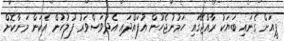
ޕީއަށް ގެނައި ބަޔަކު ރާއްޖޭގައި ހަމުނުޖެހުން އުފައްދައި އެދުވަސްވަރު ފުލުހުން އެކަން މަނާކޮށް